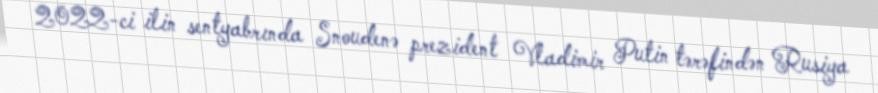
2022-ci ilin sentyabrında Snoudenə prezident Vladimir Putin tərəfindən Rusiya